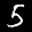
Label: 5